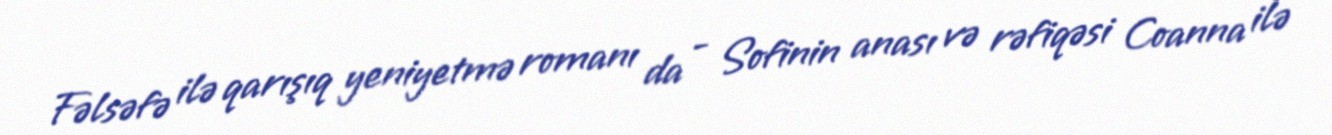
Fəlsəfə ilə qarışıq yeniyetmə romanı da - Sofinin anası və rəfiqəsi Coanna ilə